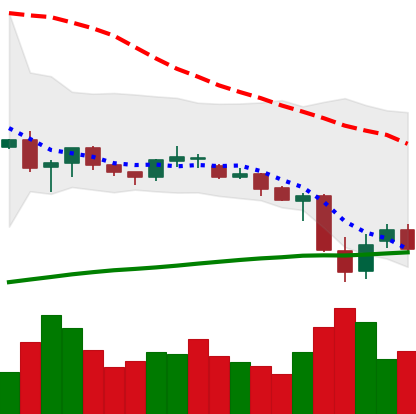
Ticker: XRP-USD
Chart end date: 2021-06-25
Forward return: 15.172%
Label: up_7plus